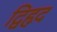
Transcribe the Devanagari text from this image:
द्विहृद